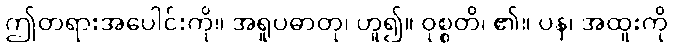
ဤတရားအပေါင်းကို။ အရူပဓာတု၊ ဟူ၍။ ဝုစ္စတိ၊ ၏။ ပန၊ အထူးကို